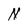
Character: N